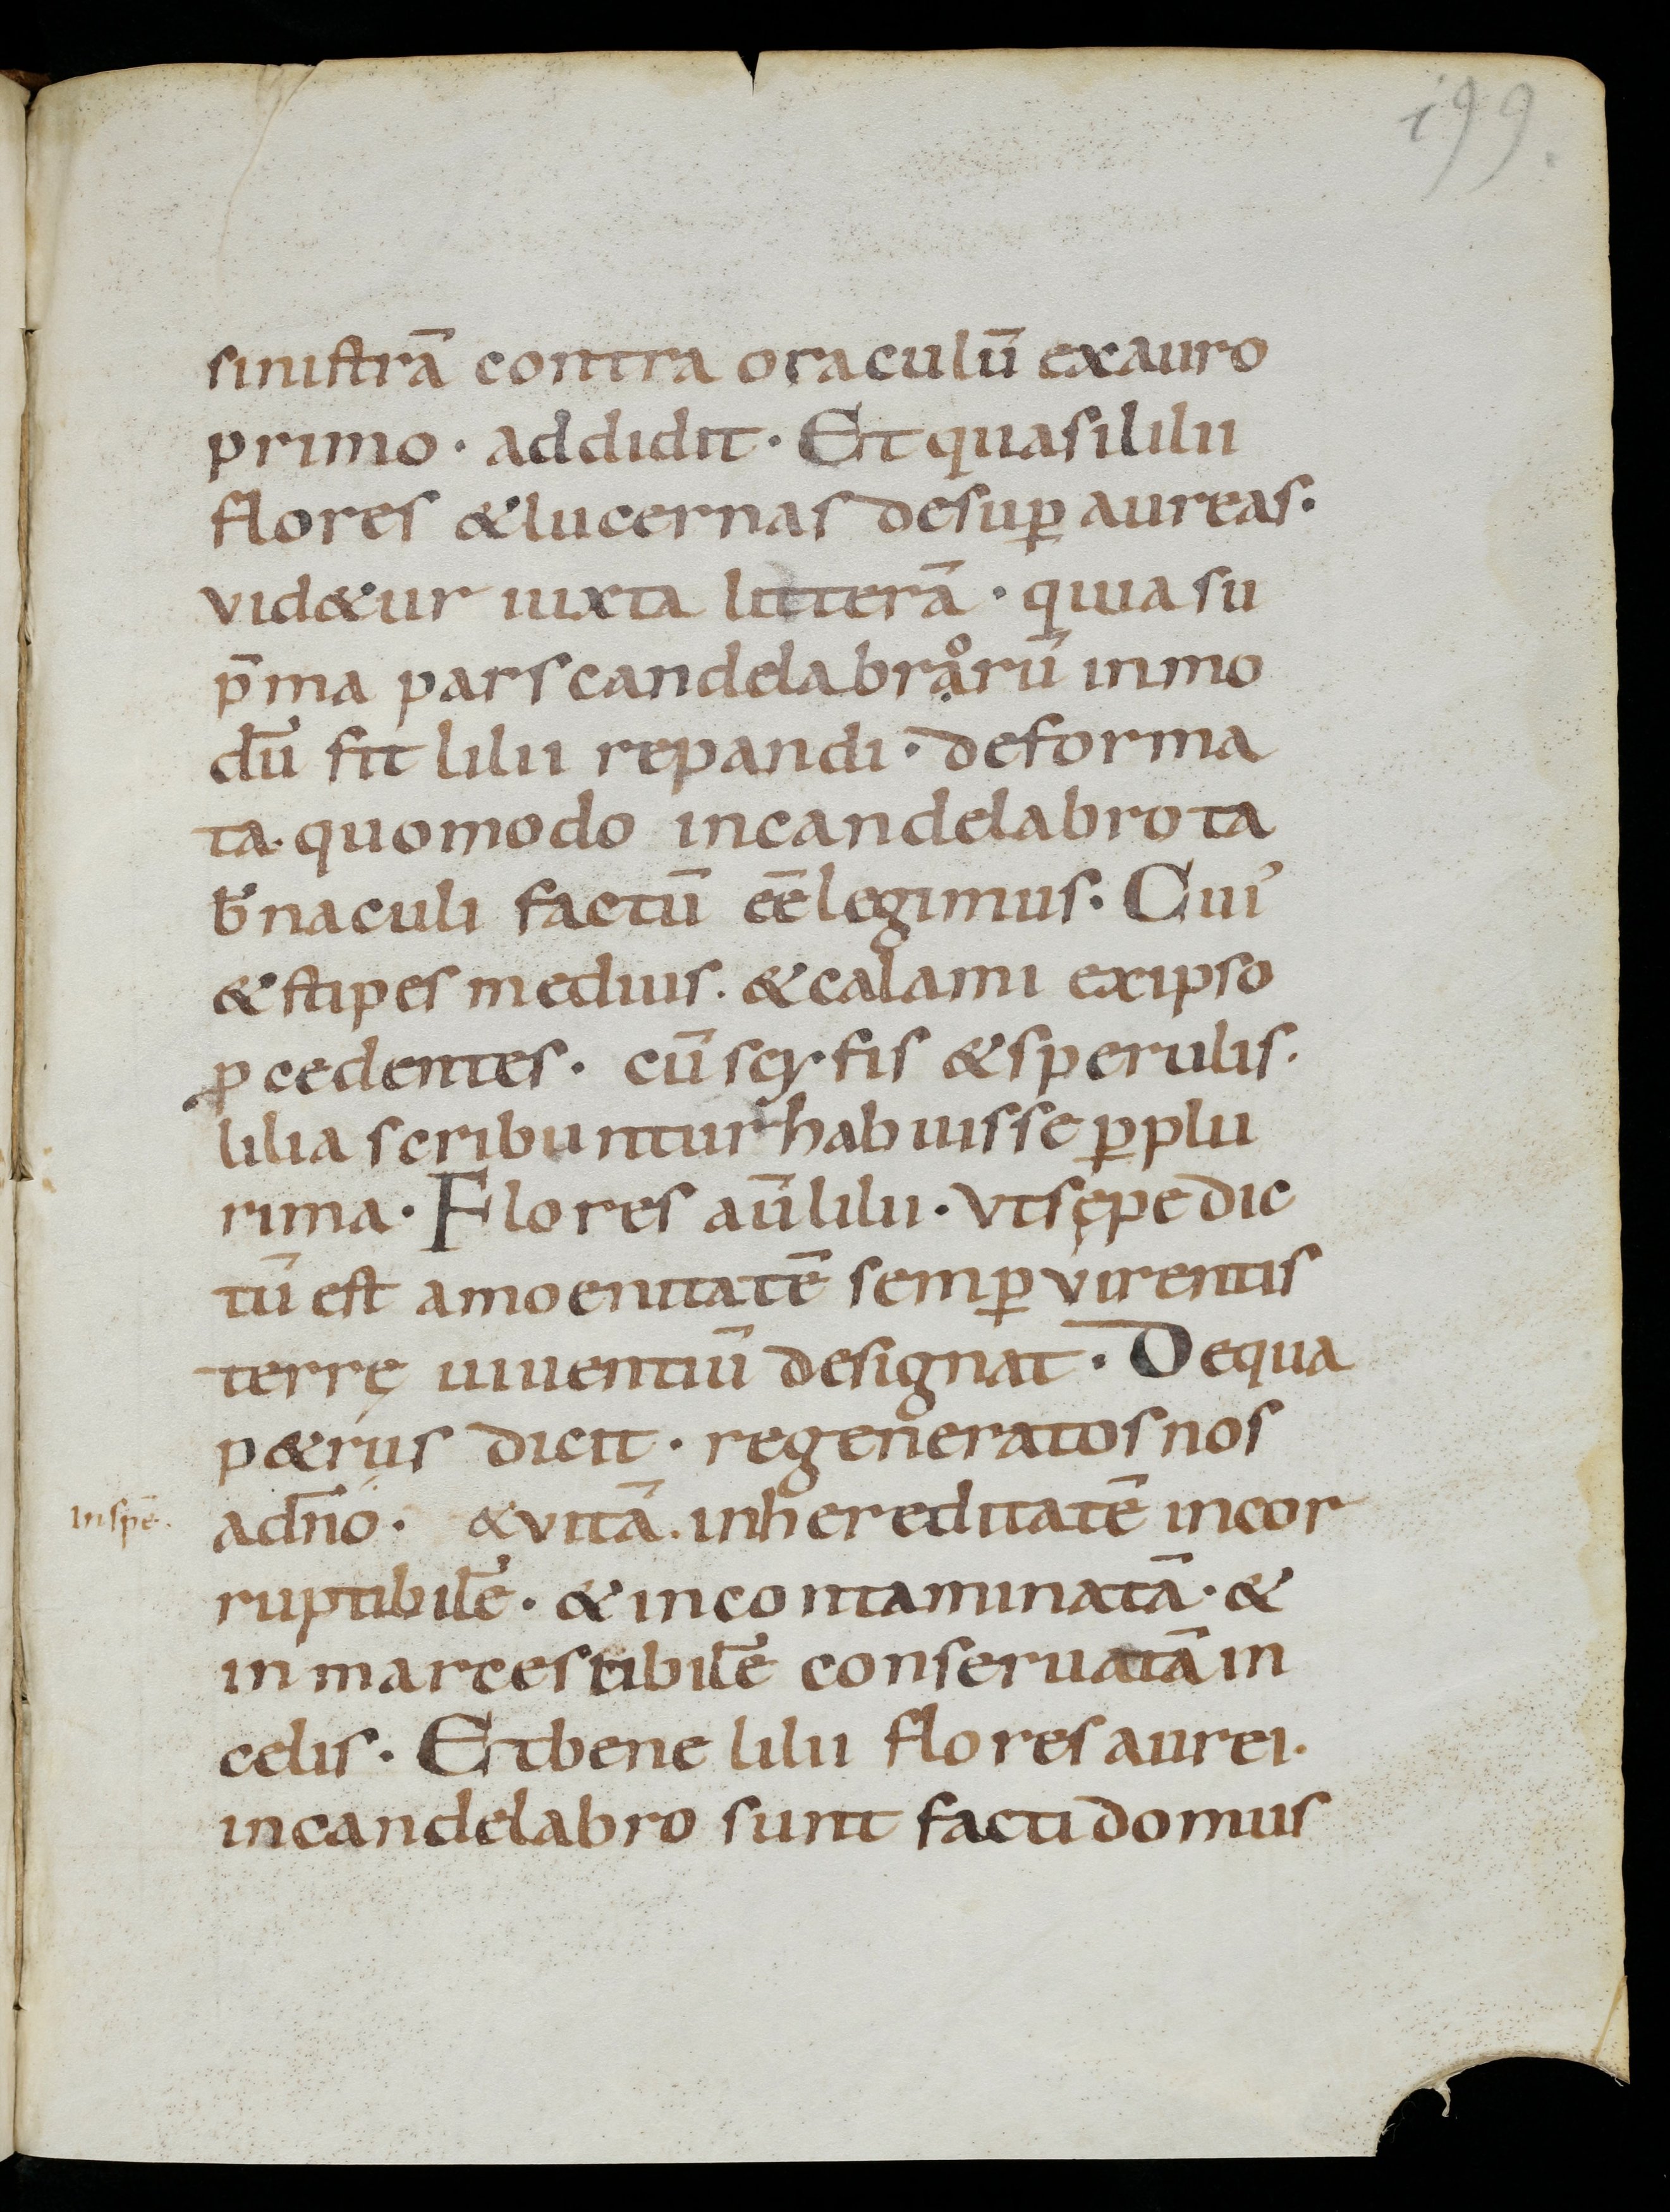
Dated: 800–899